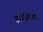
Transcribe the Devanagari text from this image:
इरिशिया